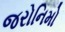
જરોનિમો